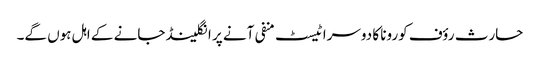
حارث رؤف کورونا کا دوسرا ٹیسٹ منفی آنے پر انگلینڈ جانے کے اہل ہوں گے۔